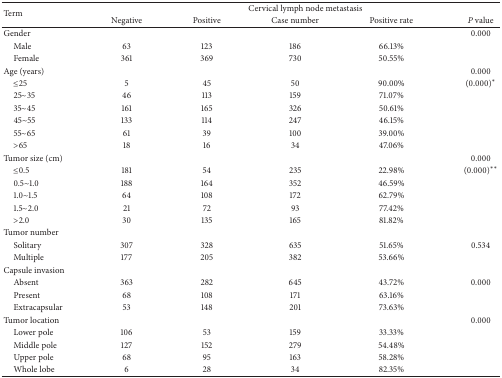
<table><thead><tr><td rowspan="2"><b>Term</b></td><td colspan="5"><b>Cervical lymph node metastasis</b></td></tr><tr><td><b>Negative</b></td><td><b>Positive</b></td><td><b>Case number </b></td><td><b>Positive rate </b></td><td><b><i>P</i> value</b></td></tr></thead><tbody><tr><td>Gender</td><td> </td><td> </td><td> </td><td> </td><td>0.000</td></tr><tr><td> Male</td><td>63</td><td>123</td><td>186</td><td>66.13%</td><td> </td></tr><tr><td> Female</td><td>361</td><td>369</td><td>730</td><td>50.55%</td><td> </td></tr><tr><td>Age (years)</td><td> </td><td> </td><td> </td><td> </td><td>0.000</td></tr><tr><td> ≤25</td><td>5</td><td>45</td><td>50</td><td>90.00%</td><td>(0.000)∗</td></tr><tr><td> 25~35</td><td>46</td><td>113</td><td>159</td><td>71.07%</td><td> </td></tr><tr><td> 35~45</td><td>161</td><td>165</td><td>326</td><td>50.61%</td><td> </td></tr><tr><td> 45~55</td><td>133</td><td>114</td><td>247</td><td>46.15%</td><td> </td></tr><tr><td> 55~65</td><td>61</td><td>39</td><td>100</td><td>39.00%</td><td> </td></tr><tr><td> &gt;65</td><td>18</td><td>16</td><td>34</td><td>47.06%</td><td> </td></tr><tr><td>Tumor size (cm)</td><td> </td><td> </td><td> </td><td> </td><td>0.000</td></tr><tr><td> ≤0.5</td><td>181</td><td>54</td><td>235</td><td>22.98%</td><td>(0.000)∗∗</td></tr><tr><td> 0.5~1.0</td><td>188</td><td>164</td><td>352</td><td>46.59%</td><td> </td></tr><tr><td> 1.0~1.5</td><td>64</td><td>108</td><td>172</td><td>62.79%</td><td> </td></tr><tr><td> 1.5~2.0</td><td>21</td><td>72</td><td>93</td><td>77.42%</td><td> </td></tr><tr><td> &gt;2.0</td><td>30</td><td>135</td><td>165</td><td>81.82%</td><td> </td></tr><tr><td>Tumor number</td><td> </td><td> </td><td> </td><td> </td><td> </td></tr><tr><td> Solitary </td><td>307</td><td>328</td><td>635</td><td>51.65%</td><td>0.534</td></tr><tr><td> Multiple </td><td>177</td><td>205</td><td>382</td><td>53.66%</td><td> </td></tr><tr><td>Capsule invasion</td><td> </td><td> </td><td> </td><td> </td><td> </td></tr><tr><td> Absent </td><td>363</td><td>282</td><td>645</td><td>43.72%</td><td>0.000</td></tr><tr><td> Present </td><td>68</td><td>108</td><td>171</td><td>63.16%</td><td> </td></tr><tr><td> Extracapsular</td><td>53</td><td>148</td><td>201</td><td>73.63%</td><td> </td></tr><tr><td>Tumor location</td><td> </td><td> </td><td> </td><td> </td><td>0.000</td></tr><tr><td> Lower pole</td><td>106</td><td>53</td><td>159</td><td>33.33%</td><td> </td></tr><tr><td> Middle pole</td><td>127</td><td>152</td><td>279</td><td>54.48%</td><td> </td></tr><tr><td> Upper pole</td><td>68</td><td>95</td><td>163</td><td>58.28%</td><td> </td></tr><tr><td> Whole lobe</td><td>6</td><td>28</td><td>34</td><td>82.35%</td><td></td></tr></tbody></table>